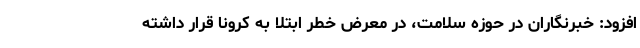
افزود: خبرنگاران در حوزه سلامت، در معرض خطر ابتلا به کرونا قرار داشته‌